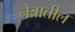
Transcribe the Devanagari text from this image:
नेत्रातील